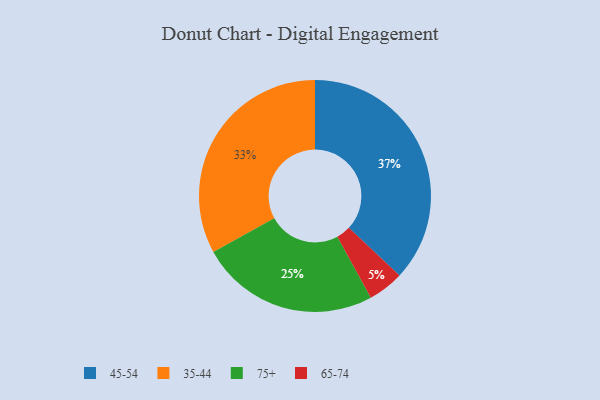
{"axis": {"x": "Category", "y": "Percentage"}, "legend": ["35-44", "45-54", "65-74", "75+"], "data": [{"x": "75+", "y": 25, "type": "75+"}, {"x": "65-74", "y": 5, "type": "65-74"}, {"x": "35-44", "y": 33, "type": "35-44"}, {"x": "45-54", "y": 37, "type": "45-54"}]}